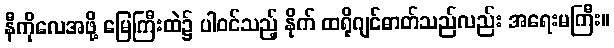
နီကိုလေအဖို့ မြေကြီးထဲ၌ ပါဝင်သည့် နိုက် ထရိုဂျင်ဓာတ်သည်လည်း အရေးမကြီး။